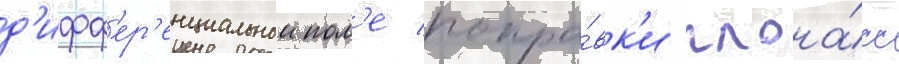
д'ифф'ер'енциальнои пол'е попра́вк'и глона́сс